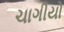
ચાગીયો